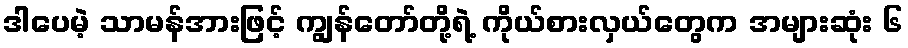
ဒါပေမဲ့ သာမန်အားဖြင့် ကျွန်တော်တို့ရဲ့ ကိုယ်စားလှယ်တွေက အများဆုံး ၆